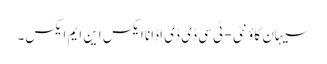
سیہان کاؤنٹی - ٹی سی ڈی ڈی اڈانا ایکس این ایم ایکس۔